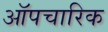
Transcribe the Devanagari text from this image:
ऑपचारिक